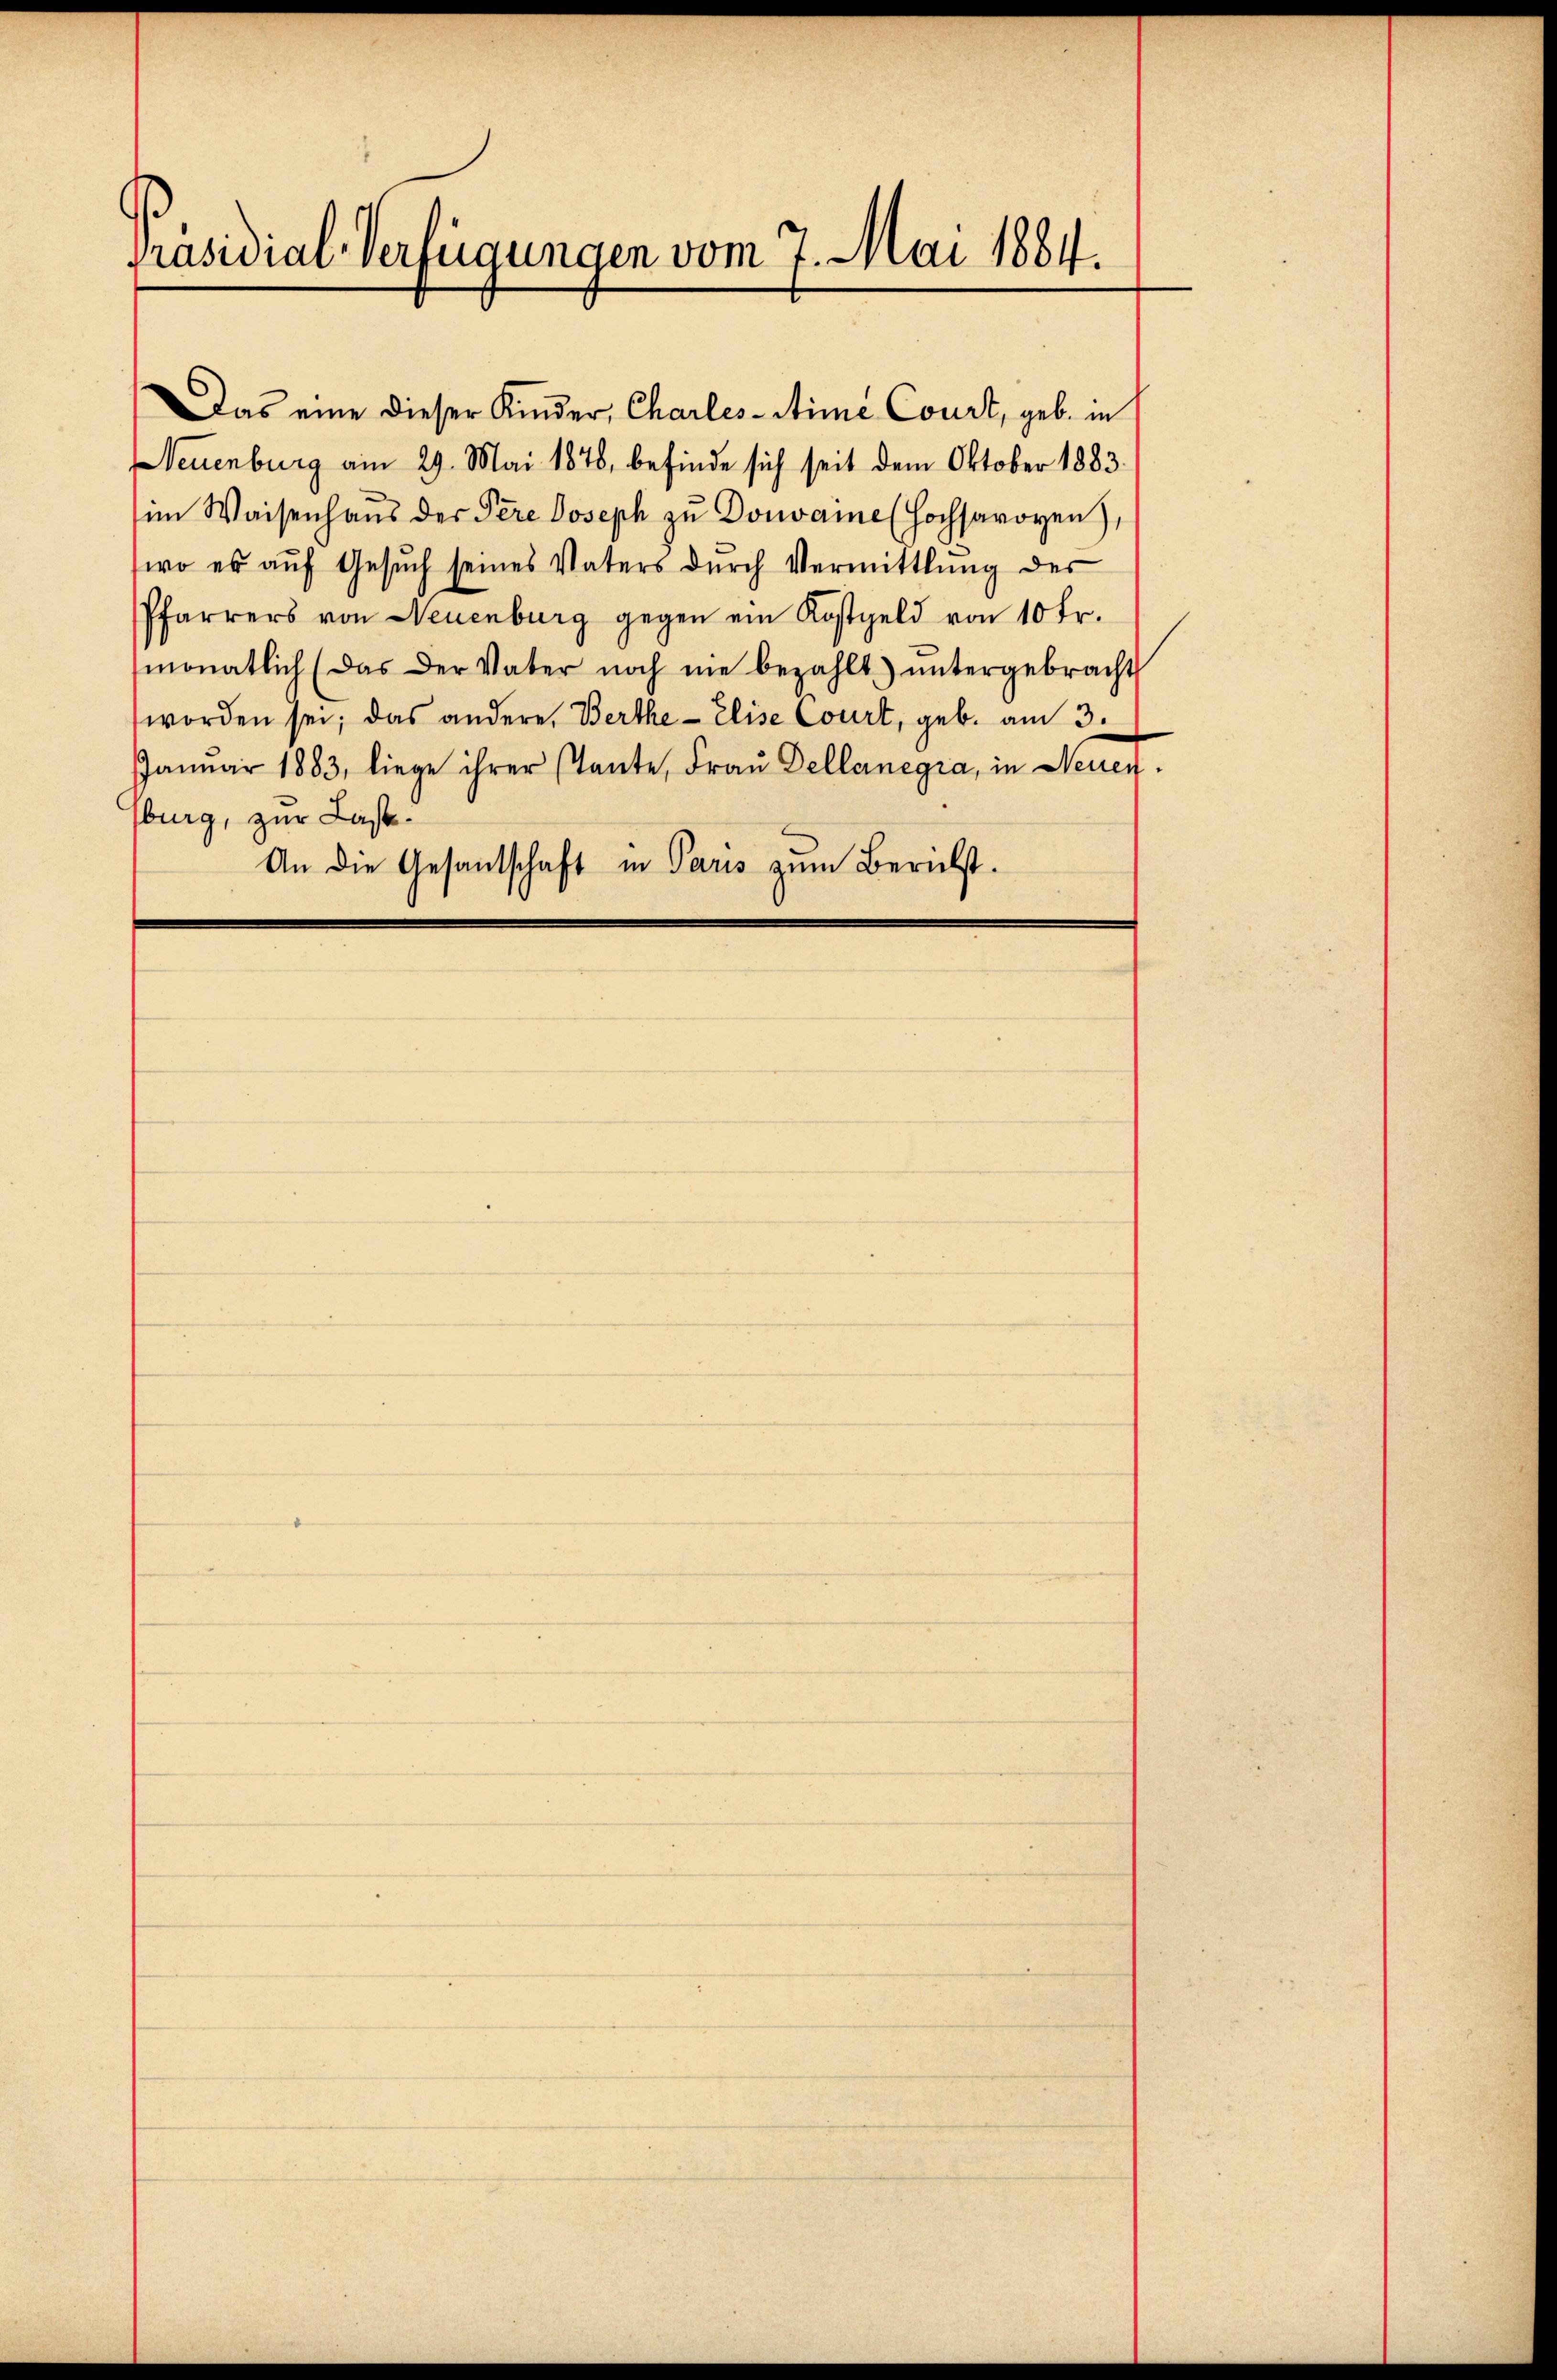
Präsidial-Verfügungen vom 7. Mai 1884.

Das eine dieser Kinder, Charles-Stime Court, geb. in
Neuenburg am 29. Mai 1878, befinde sich seit dem Oktober 1883.
im Waisenhaus der Pere Joseph zu Donvaie (Hochsavoyen),
wo es aŭf Gesŭch seines Vaters dŭrch Vermittlung des
Pfarrers von Neuenburg gegen ein Kostgeld von 10 Fr.
monatlich (das der Vater noch nie bezahlt ŭntergebracht
worden sei; das andere Berthe Elise Court, geb. am 3.
Janŭar 1883, liege ihrer stante, Frau Dellernegia, in Neuen.
burg, zur Laste
An die Gesandschaft in Paris zum Berichst.